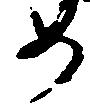
如